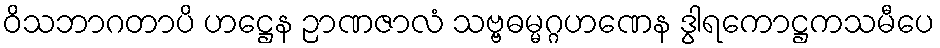
ဝိသဘာဂတာပိ ဟဋ္ဌေန ဉာဏဇာလံ သဗ္ဗဓမ္မဂ္ဂဟဏေန ဒွါရကောဋ္ဌကသမီပေ